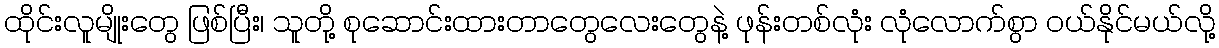
ထိုင်းလူမျိုးတွေ ဖြစ်ပြီး၊ သူတို့ စုဆောင်းထားတာတွေလေးတွေနဲ့ ဖုန်းတစ်လုံး လုံလောက်စွာ ဝယ်နိုင်မယ်လို့